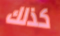
كذلك